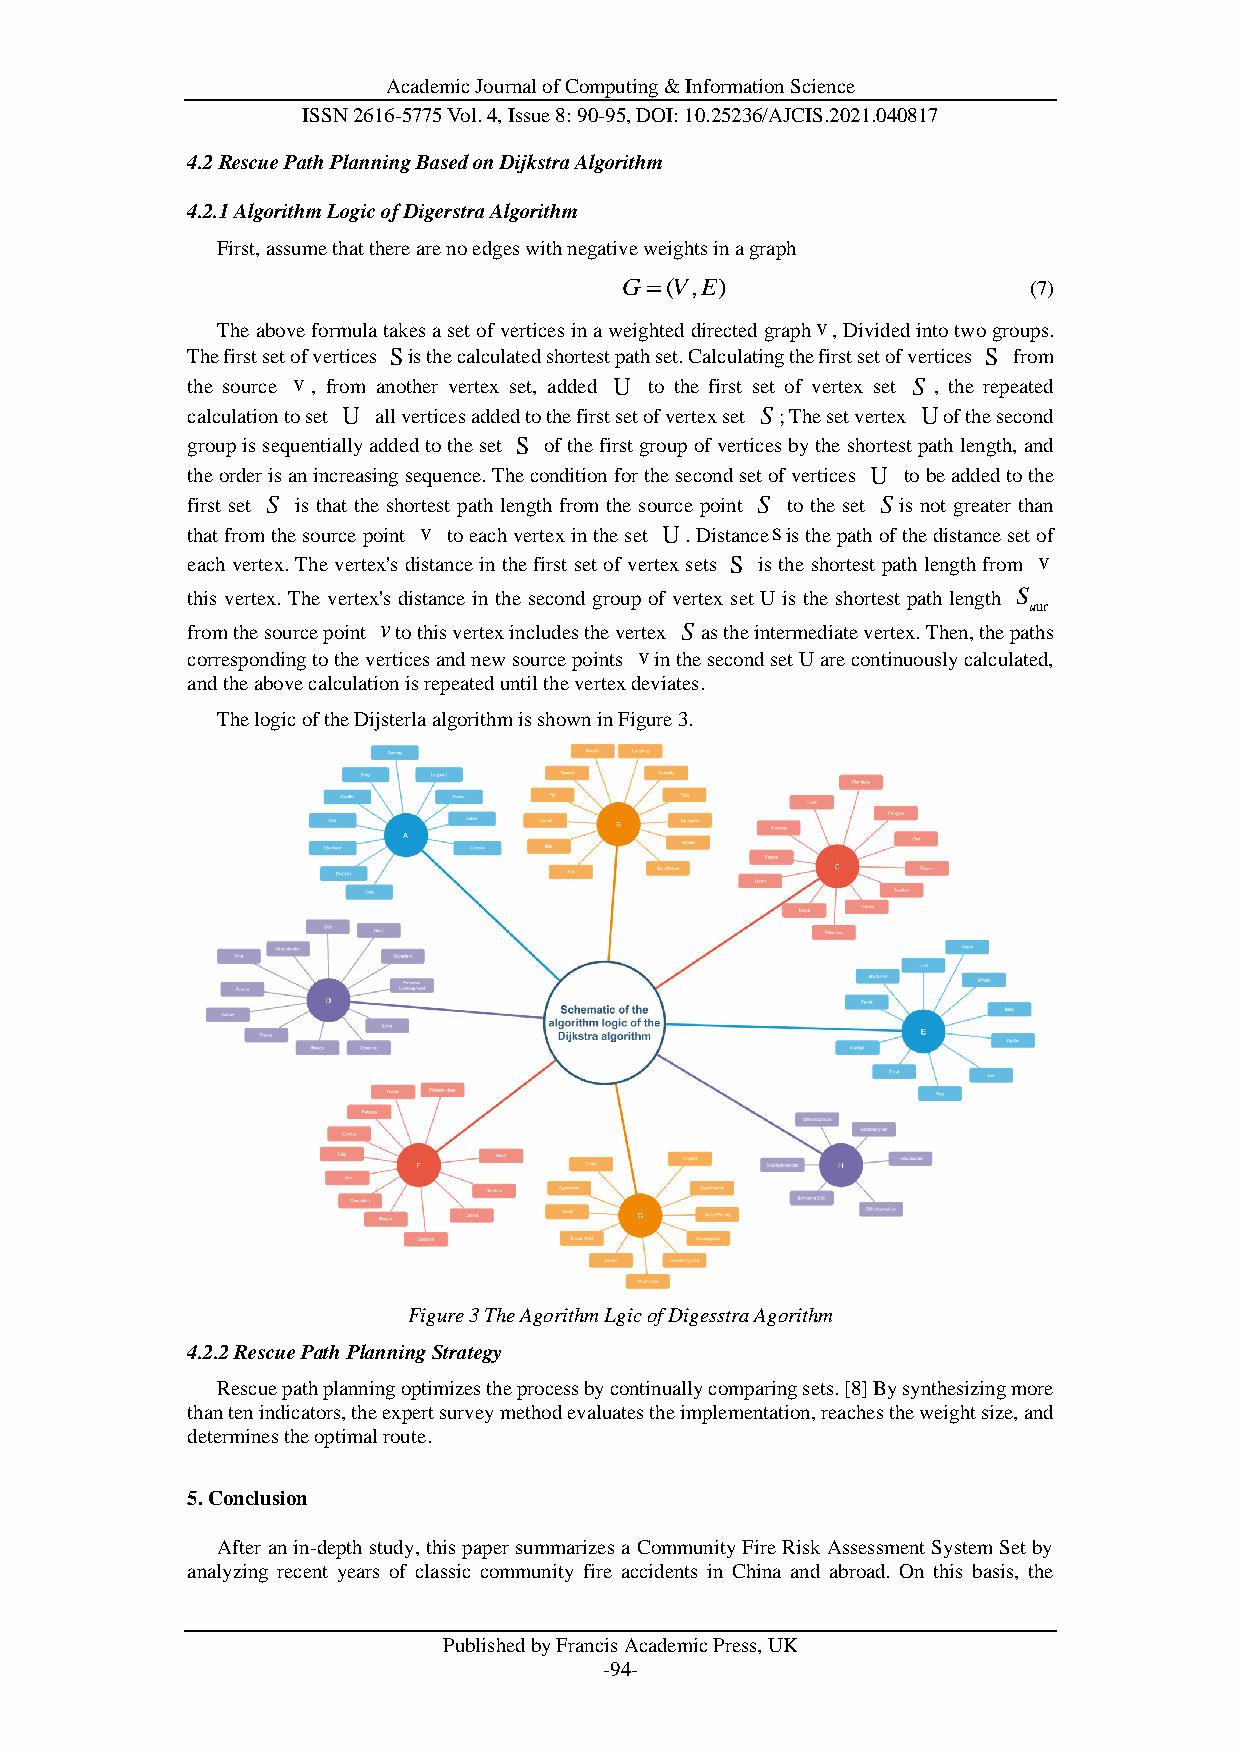
Academic Journal of Computing & Information Science
 ISSN 2616-5775 Vol. 4, Issue 8: 90-95, DOI: 10.25236/AJCIS.2021.040817
 4.2 Rescue Path Planning Based on Dijkstra Algorithm
 4.2.1 Algorithm Logic of Digerstra Algorithm
 First, assume that there are no edges with negative weights in a graph
 (7)
 The above formula takes a set of vertices in a weighted directed graph , Divided into two groups.
 The first set of vertices Sis the calculated shortest path set. Calculating the first set of vertices S from
 the source , from another vertex set, added to the first set of vertex set S , the repeated
 calculation to set U all vertices added to the first set of vertex set S ; The set vertex Uof the second
 group is sequentially added to the set of the first group of vertices by the shortest path length, and
 the order is an increasing sequence. The condition for the second set of vertices U to be added to the
 first set is that the shortest path length from the source point to the set is not greater than
 that from the source point to each vertex in the set U. Distance is the path of the distance set of
 each vertex. The vertex's distance in the first set of vertex sets is the shortest path length from
 this vertex. The vertex's distance in the second group of vertex set U is the shortest path length S
 uur
 from the source point to this vertex includes the vertex S as the intermediate vertex. Then, the paths
 corresponding to the vertices and new source points in the second set U are continuously calculated,
 and the above calculation is repeated until the vertex deviates.
 The logic of the Dijsterla algorithm is shown in Figure 3.
 Figure 3 The Agorithm Lgic of Digesstra Agorithm
 4.2.2 Rescue Path Planning Strategy
 Rescue path planning optimizes the process by continually comparing sets. [8] By synthesizing more
 than ten indicators, the expert survey method evaluates the implementation, reaches the weight size, and
 determines the optimal route.
 5. Conclusion
 After an in-depth study, this paper summarizes a Community Fire Risk Assessment System Set by
 analyzing recent years of classic community fire accidents in China and abroad. On this basis, the
 Published by Francis Academic Press, UK
 -94-
 S
 v
 v
 v
 S
 U
 G
 v
  ( V , E )
 S
 S
 s
 v
 S
 v